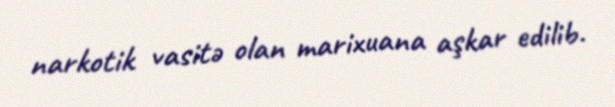
narkotik vasitə olan marixuana aşkar edilib.